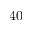
4 0